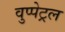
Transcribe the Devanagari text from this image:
वुप्‍पेट्रल